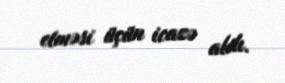
etməsi üçün icazə aldı.